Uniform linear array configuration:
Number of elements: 48
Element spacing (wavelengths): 1
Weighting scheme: uniform
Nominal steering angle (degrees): -30
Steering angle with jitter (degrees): -28.56
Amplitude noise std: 0.05
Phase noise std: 0.05

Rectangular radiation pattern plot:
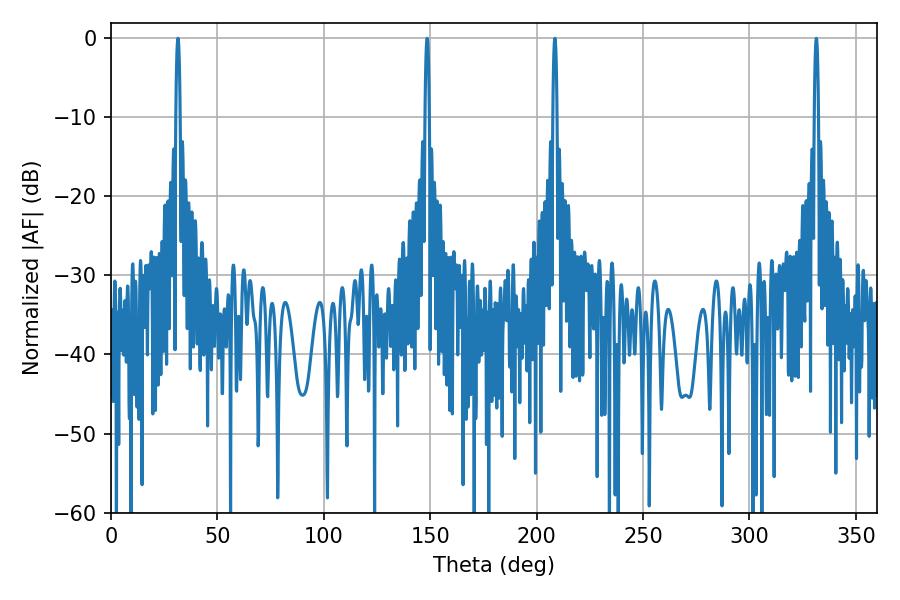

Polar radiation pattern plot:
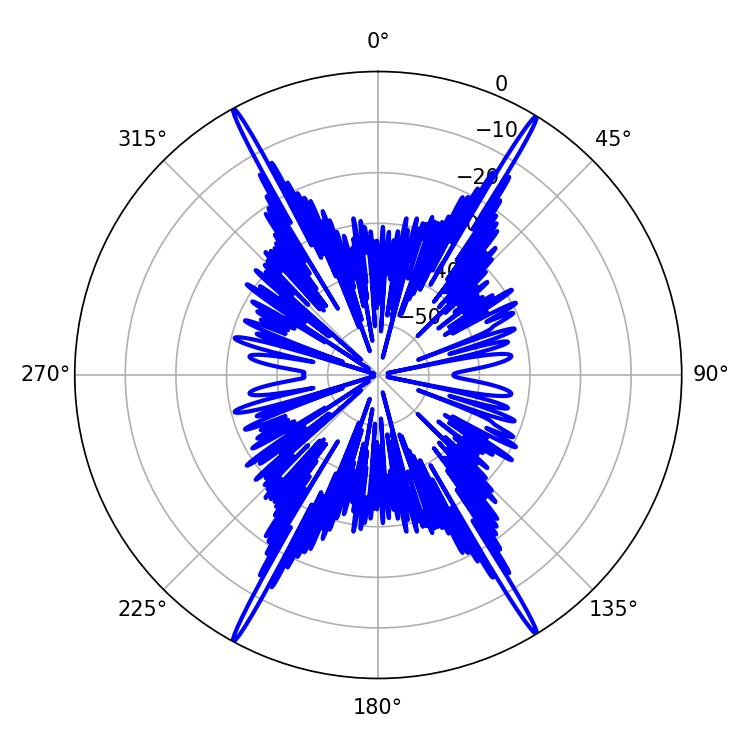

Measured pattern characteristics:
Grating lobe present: TRUE
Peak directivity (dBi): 28.57
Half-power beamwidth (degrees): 1.08
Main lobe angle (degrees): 31.5